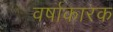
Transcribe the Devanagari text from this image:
वर्षाकारक